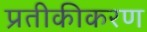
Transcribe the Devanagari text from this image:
प्रतीकीकरण